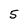
Character: 5